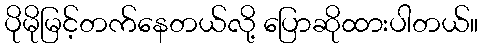
ပိုမိုမြင့်တက်နေတယ်လို့ ပြောဆိုထားပါတယ်။